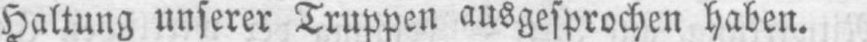
Haltung unserer Truppen ausgesprochen haben.